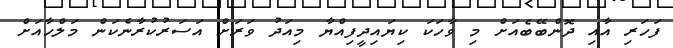
ފަހަރި އާއި ދޮންބޭބެއަށް މި ވާހަކަ ކިޔައިދީފިއްޔާ މިއަދު ވަރަށް އަސަރުކުރާނެކަން މަލްހާއަށް